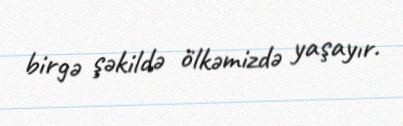
birgə şəkildə ölkəmizdə yaşayır.